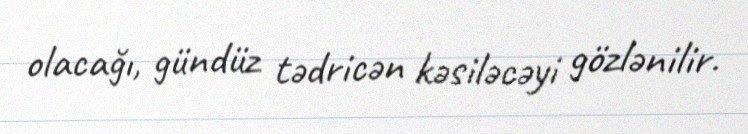
olacağı, gündüz tədricən kəsiləcəyi gözlənilir.